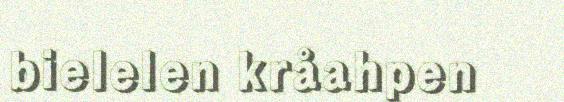
bielelen kråahpen